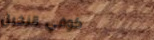
كوفي النخيل